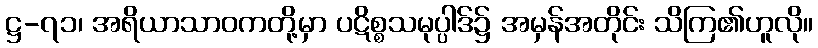
ဋ္ဌ-၇၁၊ အရိယာသာဝကတို့မှာ ပဋိစ္စသမုပ္ပါဒ်၌ အမှန်အတိုင်း သိကြ၏ဟူလို။